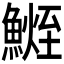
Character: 𩺧